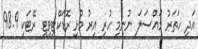
އަދި ހަތަރު މައްސަލަ ނުނިމި ހުރި އިރު މުޅި ރޮޑަކްޓިވިޓީ ރޭޓަކީ 98.9